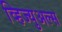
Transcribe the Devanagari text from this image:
व्हिज्युअल्स